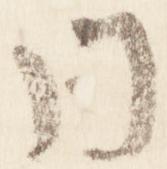
同